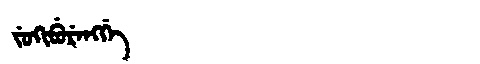
Manchu: ᠵᡠᡴᡳᠪᡠᡵᡝᠩᡤᡝ
Romanization: JUKIBURENGGE